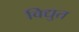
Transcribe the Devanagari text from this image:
विद्युत